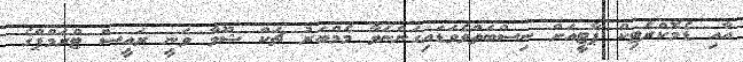
އާއި ޑެމޮކްރެޓިކް ޕާޓީއަށް ނިސްބަތްވެވަޑައިގަންނަވާ މެމްބަރު ޗަކް ޝޫމާ ވަނީ ރައީސް ޓްރަމްޕްގެ